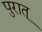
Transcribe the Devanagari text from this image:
पुरात्